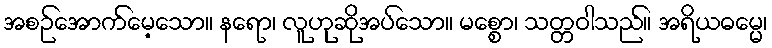
အစဉ်အောက်မေ့သော။ နရော၊ လူဟုဆိုအပ်သော။ မစ္စော၊ သတ္တဝါသည်။ အရိယဓမ္မေ၊